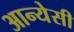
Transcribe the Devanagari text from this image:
आन्येसी